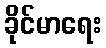
ခိုင်မာရေး